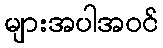
များအပါအဝင်